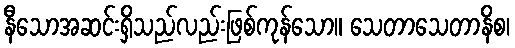
နီသောအဆင်းရှိသည်လည်းဖြစ်ကုန်သော။ သေတာသေတာနိစ၊